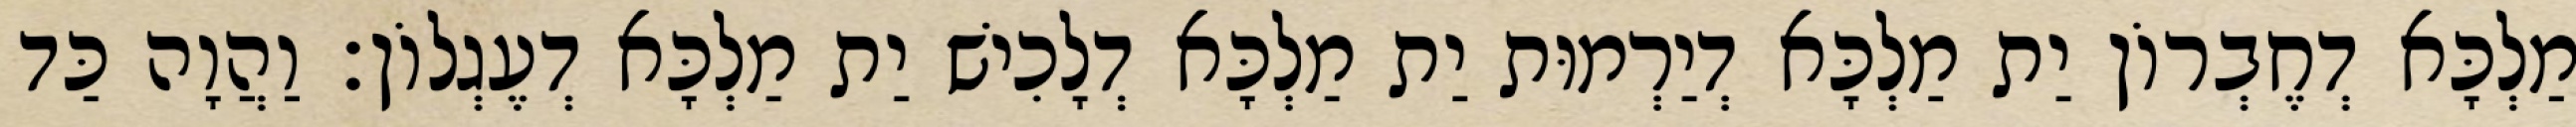
מַלְכָּא דְחֶבְרוֹן יַת מַלְכָּא דְיַרְמוּת יַת מַלְכָּא דְלָכִישׁ יַת מַלְכָּא דְעֶגְלוֹן׃ וַהֲוָה כַּד